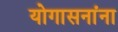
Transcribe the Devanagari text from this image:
योगासनांना